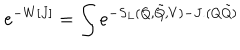
LaTeX: e ^ { - W [ J ] } = \int e ^ { - S _ { L } ( Q , \tilde { Q } , V ) - J . ( Q \tilde { Q } ) }